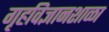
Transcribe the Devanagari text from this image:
गृहविज्ञानशाळा